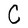
Character: C